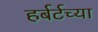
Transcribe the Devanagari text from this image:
हर्बर्टच्या